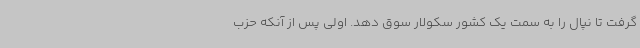
گرفت تا نپال را به سمت یک کشور سکولار سوق دهد. اولی پس از آنکه حزب